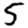
Digit: 5